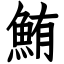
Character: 鮪